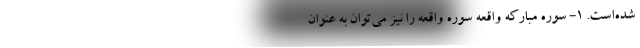
‌شده‌است. 1- سوره مبارکه واقعه سوره واقعه را نیز می‌توان به عنوان